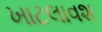
ખાટલાવશ